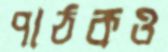
পাঠকও